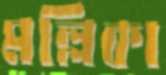
মল্লিকা